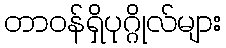
တာဝန်ရှိပုဂ္ဂိုလ်များ